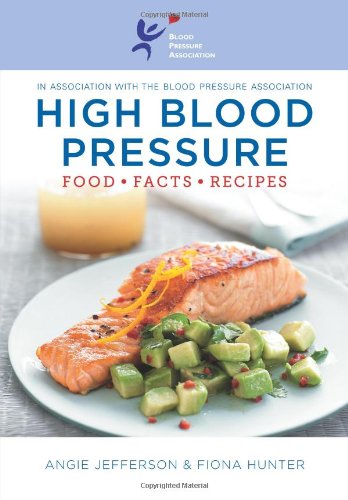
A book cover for High Blood Pressure; Fiona Hunter; Health, Fitness & Dieting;